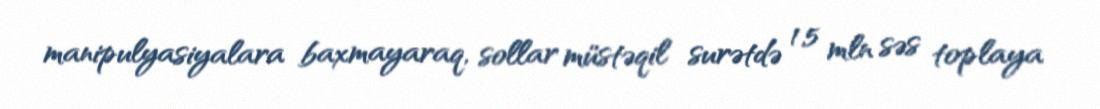
manipulyasiyalara baxmayaraq, sollar müstəqil surətdə 1,5 mln səs toplaya